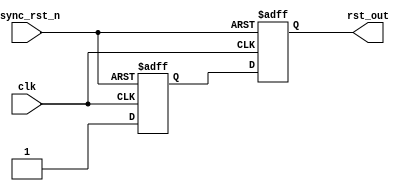
// -------------------------------------------------------
// Copyright (c) 2017 Cadence Design Systems, Inc.
//
// All rights reserved.
//
// Cadence Design Systems Proprietary and Confidential.
// -------------------------------------------------------

module rst_sync(clk, async_rst_n, rst_out);
input clk, async_rst_n;
output reg rst_out;
reg rst_out_meta;

always @(posedge clk or negedge async_rst_n)
begin
    if (!async_rst_n) {rst_out, rst_out_meta} <= 2'b0;
    else              {rst_out, rst_out_meta} <= {rst_out_meta, 1'b1};
end
endmodule